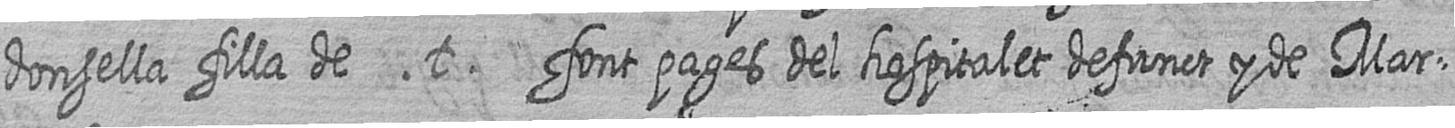
donsella filla de t font pages del hospitalet defunct y de Mar=